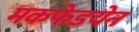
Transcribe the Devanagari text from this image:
मकफेडयेन